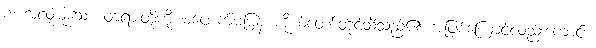
စ၊ အလုံးစုံသော တရားတို့ကို မဖောက်မပြန် ကိုယ်တော်တိုင်သိသည်၏ အဖြစ်ကြောင့်လည်းကောင်း။